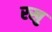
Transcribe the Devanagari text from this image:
रखु